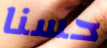
حسنا